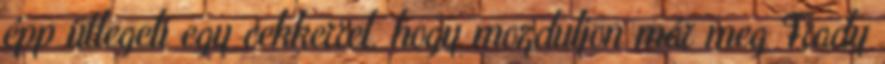
épp ütlegeli egy cekkerrel, hogy mozduljon már meg Frady